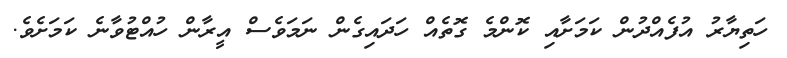
ހަތިޔާރު އުފެއްދުން ކަމަށާއި ކޮންމެ ގޮތެއް ހަދައިގެން ނަމަވެސް އީރާން ހުއްޓުވާނެ ކަމަށެވެ.